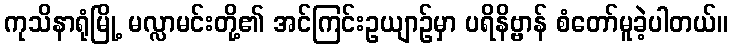
ကုသိနာရုံမြို့ မလ္လာမင်းတို့၏ အင်ကြင်းဥယျာဉ်မှာ ပရိနိဗ္ဗာန် စံတော်မူခဲ့ပါတယ်။